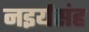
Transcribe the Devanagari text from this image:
नइर्यसंह